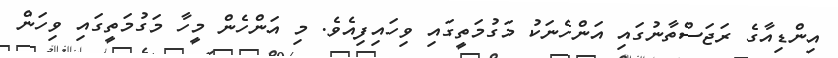
އިންޑިއާގެ ރަޖަސްތާނުގައި އަންހެނަކު މަގުމަތީގައި ވިހައިފިއެވެ. މި އަންހެން މީހާ މަގުމަތީގައި ވިހަން